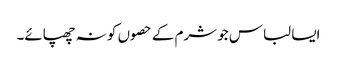
ایسا لباس جو شرم کے حصوں کو نہ چھپائے۔